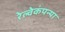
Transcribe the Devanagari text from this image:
रेल्वेकंपन्या